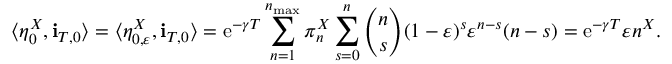
\langle \eta _ { 0 } ^ { X } , \mathbf { i } _ { T , 0 } \rangle = \langle \eta _ { 0 , \varepsilon } ^ { X } , \mathbf { i } _ { T , 0 } \rangle = \mathrm { e } ^ { - \gamma T } \sum _ { n = 1 } ^ { n _ { \operatorname* { m a x } } } \pi _ { n } ^ { X } \sum _ { s = 0 } ^ { n } \binom { n } { s } ( 1 - \varepsilon ) ^ { s } \varepsilon ^ { n - s } ( n - s ) = \mathrm { e } ^ { - \gamma T } \varepsilon n ^ { X } .